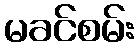
မခင်စမ်း